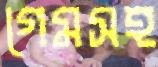
গেমসহ